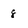
Character: 8